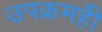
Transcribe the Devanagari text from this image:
उपक्रमहीे